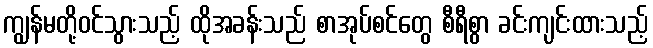
ကျွန်မတို့ဝင်သွားသည့် ထိုအခန်းသည် စာအုပ်စင်တွေ စီရီစွာ ခင်းကျင်းထားသည့်